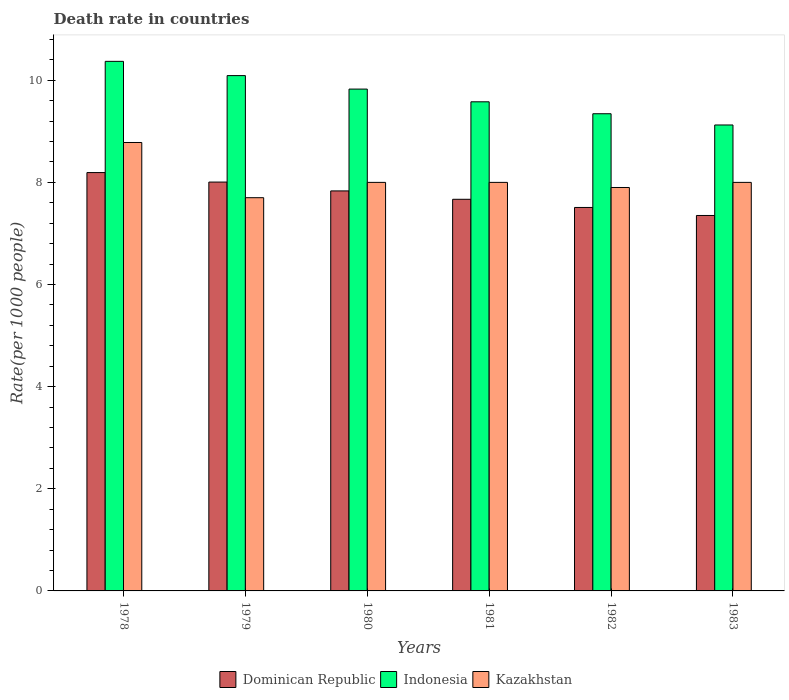
| Years | Dominican Republic | Indonesia | Kazakhstan |
 | --- | --- | --- | --- |
 | 1978 | 8.19 | 10.4 | 8.78 |
 | 1979 | 8.01 | 10.1 | 7.7 |
 | 1980 | 7.83 | 9.83 | 8 |
 | 1981 | 7.67 | 9.58 | 8 |
 | 1982 | 7.51 | 9.34 | 7.9 |
 | 1983 | 7.35 | 9.12 | 8 |